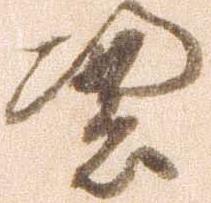
憑